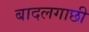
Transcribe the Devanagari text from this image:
बादलगाछी